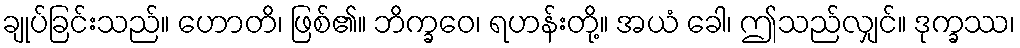
ချုပ်ခြင်းသည်။ ဟောတိ၊ ဖြစ်၏။ ဘိက္ခဝေ၊ ရဟန်းတို့။ အယံ ခေါ၊ ဤသည်လျှင်။ ဒုက္ခဿ၊